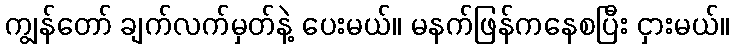
ကျွန်တော် ချက်လက်မှတ်နဲ့ ပေးမယ်။ မနက်ဖြန်ကနေစပြီး ငှားမယ်။